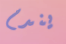
يندم